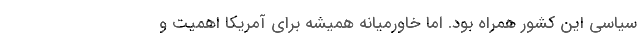
سیاسی این کشور همراه بود. اما خاورمیانه همیشه برای آمریکا اهمیت و